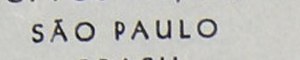
SÃO PAULO